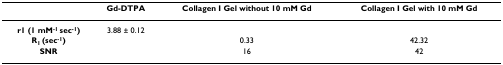
<table><thead><tr><td></td><td><b>Gd-DTPA</b></td><td><b>Collagen I Gel without 10 mM Gd</b></td><td><b>Collagen I Gel with 10 mM Gd</b></td></tr></thead><tbody><tr><td><b>r1 (1 mM<sup>-1 </sup>sec<sup>-1</sup>)</b></td><td>3.88 ± 0.12</td><td></td><td></td></tr><tr><td><b>R<sub>1 </sub>(sec<sup>-1</sup>)</b></td><td></td><td>0.33</td><td>42.32</td></tr><tr><td><b>SNR</b></td><td></td><td>16</td><td>42</td></tr></tbody></table>